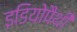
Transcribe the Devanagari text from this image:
इडियोपैथी